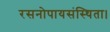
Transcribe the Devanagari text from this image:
रसनोपायसंस्थिता।